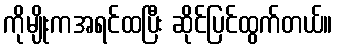
ကိုမျိုးကအရင်ထပြီး ဆိုင်ပြင်ထွက်တယ်။